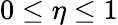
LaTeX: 0\leq\eta\leq 1